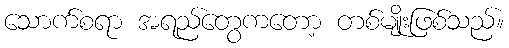
သောက်စရာ အရည်တွေကတော့ တစ်မျိုးဖြစ်သည်။